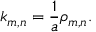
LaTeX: k _ { m , n } = { \frac { 1 } { a } } \rho _ { m , n } .